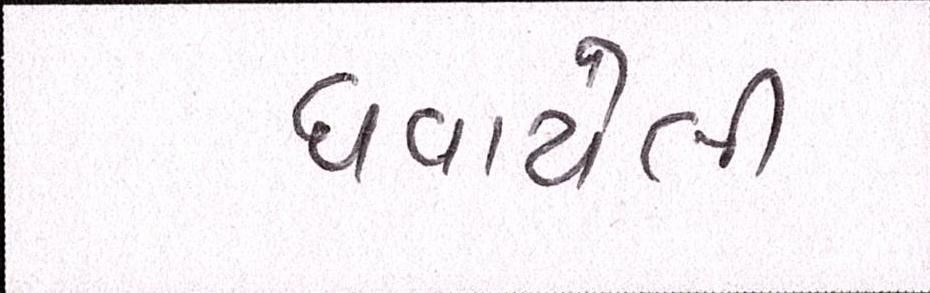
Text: ઘવાયેલી